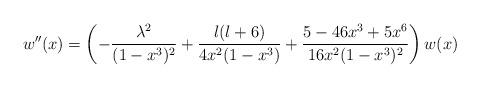
LaTeX: \begin{align*}w''(x) = \left( - \frac{\lambda^2}{(1-x^3)^2} + \frac{l(l+6)}{4 x^2 (1-x^3)}+\frac{5- 46 x^3 + 5 x^6}{16 x^2 (1-x^3)^2}\right) w(x)\,\end{align*}